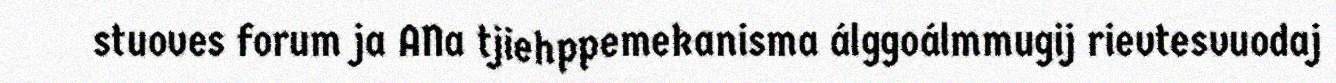
stuoves forum ja ANa tjiehppemekanisma álggoálmmugij rievtesvuodaj